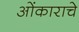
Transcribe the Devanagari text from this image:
ओंकाराचे